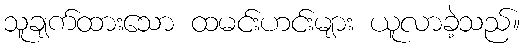
သူချက်ထားသော ထမင်းဟင်းများ ယူလာခဲ့သည်။